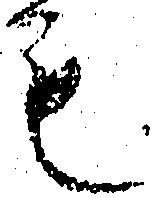
も